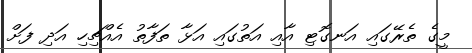
މީގެ ތެރޭގައި އަނގޮޓި އާއި އަތުގައި އަޅާ ތަފާތު އެއްޗިހި އަދި ފަށް